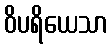
ဝိပရိယေသာ